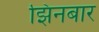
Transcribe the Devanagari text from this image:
झिनबार